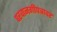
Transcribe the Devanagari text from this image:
परवानगीपत्रावर